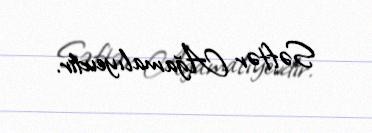
Səftər Ağamalıyevdir.